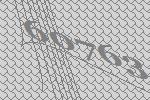
60763